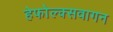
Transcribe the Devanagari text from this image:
हेफोल्क्सवागन